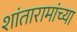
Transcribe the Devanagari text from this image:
शांतारामांच्या